Protection of India from yellow fever
Disease focus: Fever
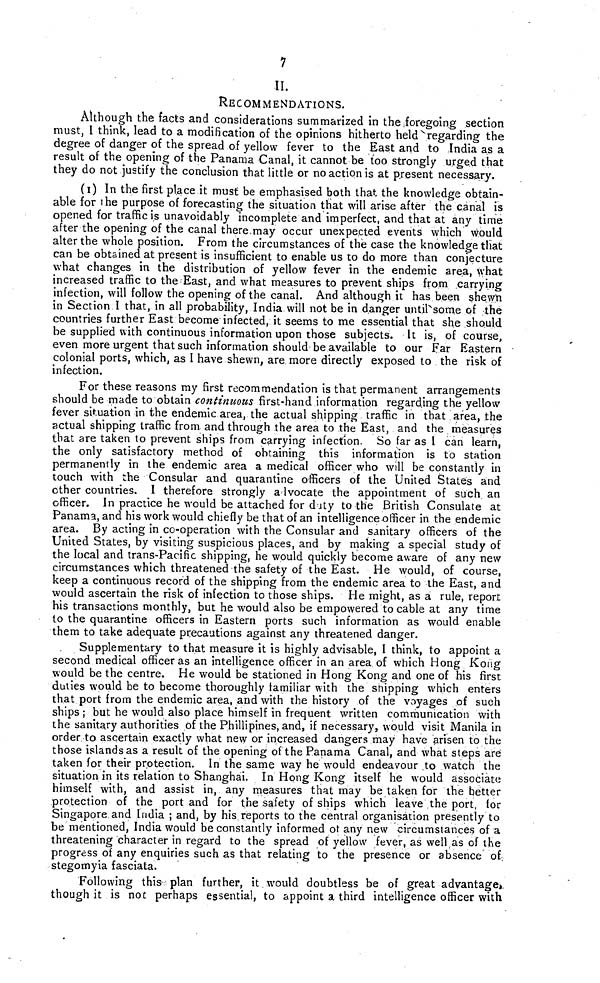
7
II.
RECOMMENDATIONS.
Although the facts and considerations summarized in the .foregoing .section
must, I think, lead to a modification of the opinions hitherto held regarding the
degree of danger of the spread of yellow fever to the East and to India as a
result of the opening of the Panama Canal, it cannot be too strongly urged that
they do not justify the conclusion that little or no action is at present necessary.
(1) In the first place it must be emphasised both that the knowledge obtain-
able for the purpose of forecasting the situation that will arise after the canal is
opened for traffic is unavoidably incomplete and imperfect, and that at any time
after the opening of the canal there.may occur unexpected events which would
alter the whole position. From the circumstances of the case the knowledge that
can be obtained at present is insufficient to enable us to do more than conjecture
what changes in the distribution of yellow fever in the endemic area, what
increased traffic to the East, and what measures to prevent ships from carrying
infection, will follow the opening of the canal. And although it has been shewm
in Section I that, in all probability, India will not be in danger until some of the
countries further East become infected, it seems to me essential that she should
be supplied with continuous information upon those subjects. It is, of course,
even more urgent that such information should be available to our Far Eastern
colonial ports, which, as I have shewn, are more directly exposed to the risk of
infection.
For these reasons my first recommendation is that permanent arrangements
should be made to obtain continuous first-hand information regarding the yellow-
fever situation in the endemic area, the actual shipping traffic in that area, the
actual shipping traffic from and through the area to the East, and the measures
that are taken to prevent ships from carrying infection. So far as I can learn,
the only satisfactory method of obtaining this information is to station
permanently in the endemic area a medical officer who will be constantly in
touch with the Consular and quarantine officers of the United States and
ether countries. I therefore strongly advocate the appointment of such an
officer. In practice he would be attached for duty to the British Consulate at
Panama, and his work would chiefly be that of an intelligence officer in the endemic
area. By acting in co-operation with the Consular and sanitary officers of the
United States, by visiting suspicious places, and by making a special study of
the local and trans-Pacific shipping, he would quickly become aware of any new
circumstances which threatened the safety of the East. He would, of course,
keep a continuous record of the shipping from the endemic area to the East, and
would ascertain the risk of infection to those ships. He might, as a rule, report
his transactions monthly, but he would also be empowered to cable at any time
to the quarantine officers in Eastern ports such information as would enable
them to take adequate precautions against any threatened danger.
Supplementary to that measure it is highly advisable, I think, to appoint a
second medical officer as an intelligence officer in an area of which Hong Kong
would be the centre. He would be stationed in Hong Kong and one of his first
duties would be to become thoroughly familiar with the shipping which enters
that port from the endemic area, and with the history of the voyages of such
ships ; but he would also place himself in frequent written communication with
the sanitary authorities of the Phillipines, and, if necessary, would visit Manila in
order to ascertain exactly what new or increased dangers may have arisen to the
those islands as a result of the opening of the Panama Canal, and what steps are
taken for their protection. In the same way he would endeavour ,to watch the
situation in its relation to Shanghai. In Hong Kong itself he would associate
himself with, and assist in, any measures that may be taken for the better
protection of the port and for the safety of ships which leave the port, for
Singapore,and India ; and, by his. reports to the central organisation presently to
be mentioned, India would be constantly informed ot any new circumstances of a
threatening character in regard to the spread of yellow fever, as well as of the
progress of any enquiries such as that relating to the presence or absence of.
stegomyia fasciata.
Following this-plan further, it would doubtless be of great advantage
though it is not perhaps essential, to appoint a third intelligence officer with